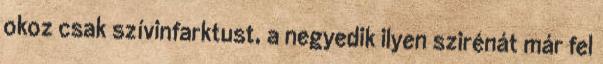
okoz csak szívinfarktust, a negyedik ilyen szirénát már fel